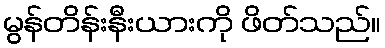
မွန်တိန်းနီးယားကို ဖိတ်သည်။